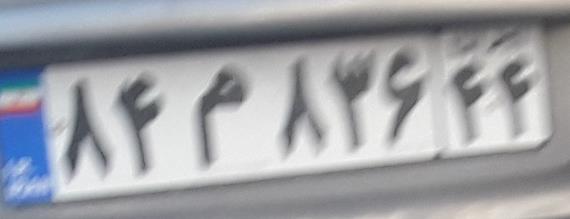
۸۴م۸۳۶۴۴